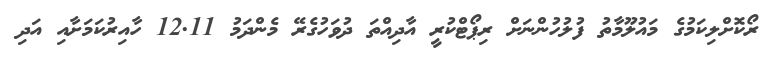
ރޯކޮށްލިކަމުގެ މައުލޫމާތު ފުލުހުންނަށް ރިޕޯޓްކުރީ އާދިއްތަ ދުވަހުގެރޭ މެންދަމު 12.11 ހާއިރުކަމަށާއި އަދި